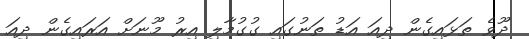
ދޫވެ ތަޅައިގެން ދިއަ އަޑު ތަނުގައި ގުގުމާލި އިރު މޫނަށް އަރައިގެން ދިއަ